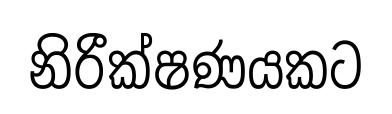
නිරීක්ෂණයකට